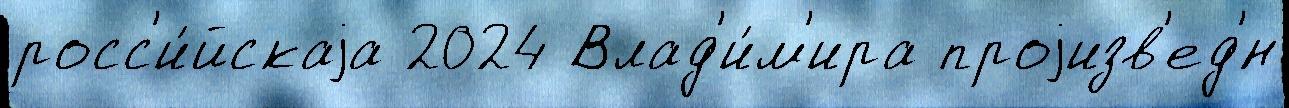
росс'и́йскаjа 2024 Влад'и́м'ира проjизв'ед'́н